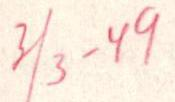
3/3 -49